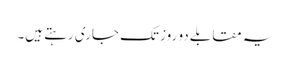
یہ مقابلے دو روز تک جاری رہتے ہیں۔